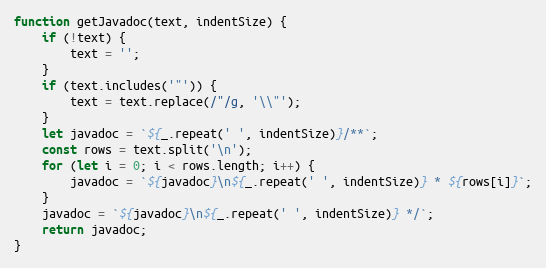
Language: JavaScript
function getJavadoc(text, indentSize) {
    if (!text) {
        text = '';
    }
    if (text.includes('"')) {
        text = text.replace(/"/g, '\\"');
    }
    let javadoc = `${_.repeat(' ', indentSize)}/**`;
    const rows = text.split('\n');
    for (let i = 0; i < rows.length; i++) {
        javadoc = `${javadoc}\n${_.repeat(' ', indentSize)} * ${rows[i]}`;
    }
    javadoc = `${javadoc}\n${_.repeat(' ', indentSize)} */`;
    return javadoc;
}